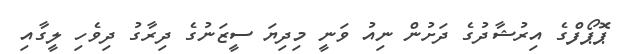
ޕޮޕޯފްގެ އިރުޝާދުގެ ދަށުން ނިއު ވަނީ މިދިޔަ ސީޒަނުގެ ދިރާގު ދިވެހި ލީގާއި